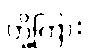
တို့ကြား